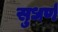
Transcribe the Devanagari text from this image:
सुधर्ण